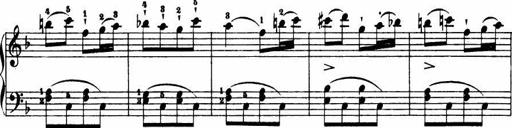
Title: Le bouquetier
Composer: Anton Diabelli
Key: G major
 C major
 F major
 C major